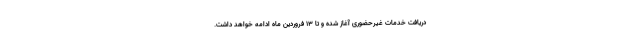
دریافت خدمات غیرحضوری آغاز شده و تا ۱۳ فروردین ماه ادامه خواهد داشت.